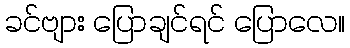
ခင်ဗျား ပြောချင်ရင် ပြောလေ။